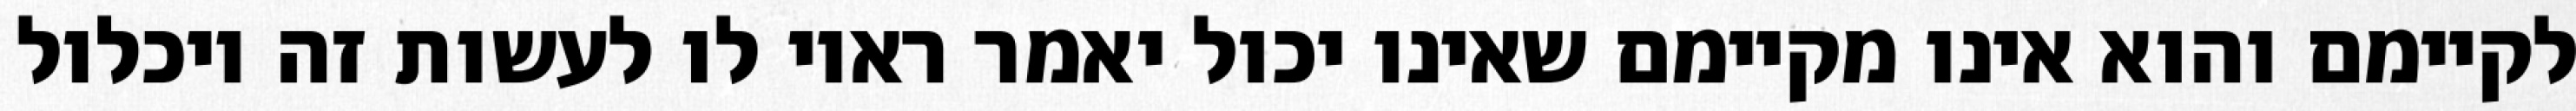
לקיימם והוא אינו מקיימם שאינו יכול יאמר ראוי לו לעשות זה ויכלול